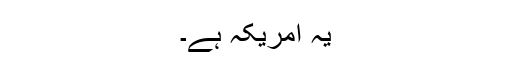
یہ امریکہ ہے۔